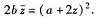
$$ 2 b \overline { z } = ( a + 2 z )^{ 2 } $$